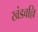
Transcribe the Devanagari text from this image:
खंडवल्लि